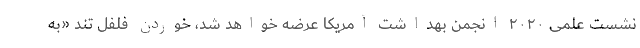
نشست علمی ۲۰۲۰ انجمن بهداشت آمریکا عرضه خواهد شد، خوردن فلفل تند «به